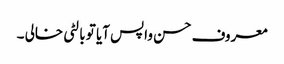
معروف حسن واپس آیا تو بالٹی خالی ۔